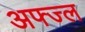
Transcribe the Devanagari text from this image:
अफ्ज्ल